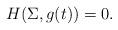
LaTeX: \begin{align*}H(\Sigma, g(t))=0.\end{align*}